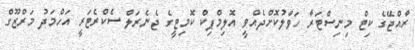
ރާއްޖޭގެ ކިޓް މިނިސްޓަރާ ހަވާލުކޮށްދެއްވީ އޮލިމްޕިކް ކޮމިޓީގެ ޖެނެރަލް ސެކްރެޓަރީ އަހްމަދު މަރްޒޫގް